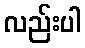
လည်းပါ